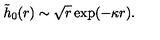
\tilde { h } _ { 0 } ( r ) \sim \sqrt { r } \exp ( - \kappa r ) .